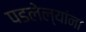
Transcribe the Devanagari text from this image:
पडलेल्यांना